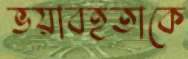
ভয়াবহতাকে